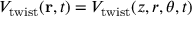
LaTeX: V _ { \mathrm { { t w i s t } } } ( \mathbf { r } , t ) = V _ { \mathrm { { t w i s t } } } ( z , r , \theta , t )